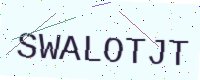
Text: SWALOTJT